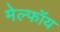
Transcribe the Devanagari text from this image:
मेल्फॉय